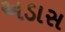
અડાસ